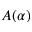
A ( \alpha )